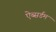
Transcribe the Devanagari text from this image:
ऐब्सर्डम